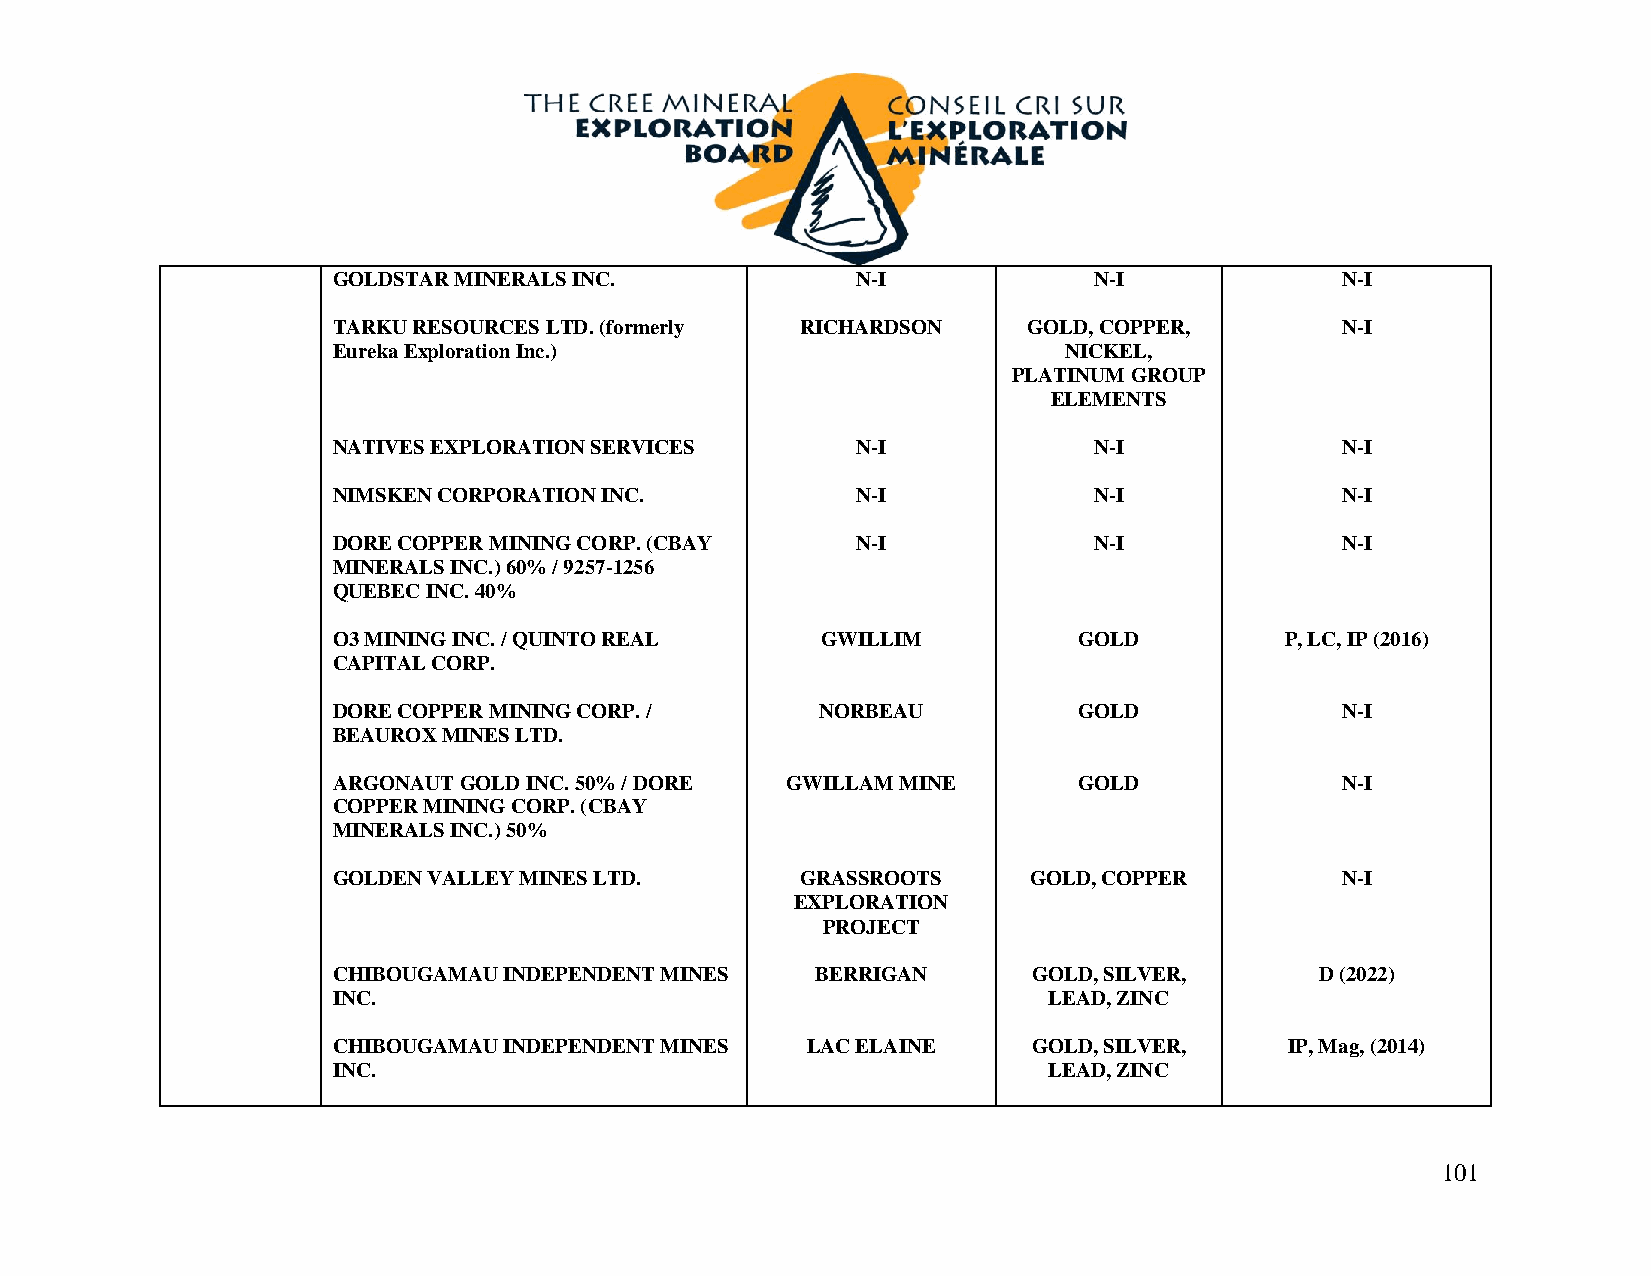
GOLDSTAR MINERALS INC.             N-I            N-I              N-I
 TARKU RESOURCES LTD. (formerly RICHARDSON     GOLD, COPPER,        N-I
 Eureka Exploration Inc.)                        NICKEL,
 PLATINUM GROUP
 ELEMENTS
 NATIVES EXPLORATION SERVICES       N-I            N-I              N-I
 NIMSKEN CORPORATION INC.           N-I            N-I              N-I
 DORE COPPER MINING CORP. (CBAY     N-I            N-I              N-I
 MINERALS INC.) 60% / 9257-1256
 QUEBEC INC. 40%
 O3 MINING INC. / QUINTO REAL    GWILLIM          GOLD          P, LC, IP (2016)
 CAPITAL CORP.
 DORE COPPER MINING CORP. /      NORBEAU          GOLD              N-I
 BEAUROX MINES LTD.
 ARGONAUT GOLD INC. 50% / DORE GWILLAM MINE       GOLD              N-I
 COPPER MINING CORP. (CBAY
 MINERALS INC.) 50%
 GOLDEN VALLEY MINES LTD.       GRASSROOTS     GOLD, COPPER         N-I
 EXPLORATION
 PROJECT
 CHIBOUGAMAU INDEPENDENT MINES   BERRIGAN      GOLD, SILVER,      D (2022)
 INC.                                           LEAD, ZINC
 CHIBOUGAMAU INDEPENDENT MINES  LAC ELAINE     GOLD, SILVER,    IP, Mag, (2014)
 INC.                                           LEAD, ZINC
 101